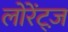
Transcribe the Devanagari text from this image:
लोरेंट्ज़